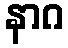
နာဂ